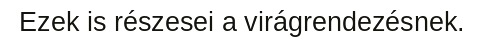
Ezek is részesei a virágrendezésnek.